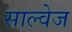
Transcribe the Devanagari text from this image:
साल्वेज